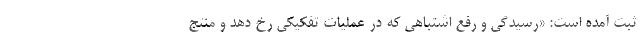
ثبت آمده است: «رسیدگی و رفع اشتباهی که در عملیات تفکیکی رخ دهد و منتج